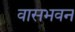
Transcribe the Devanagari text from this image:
वासभवन